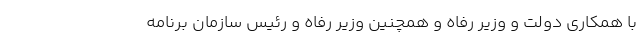
با همکاری دولت و وزیر رفاه و همچنین وزیر رفاه و رئیس سازمان برنامه